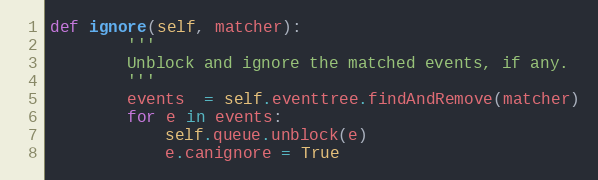
Language: Python
def ignore(self, matcher):
        '''
        Unblock and ignore the matched events, if any.
        '''
        events  = self.eventtree.findAndRemove(matcher)
        for e in events:
            self.queue.unblock(e)
            e.canignore = True